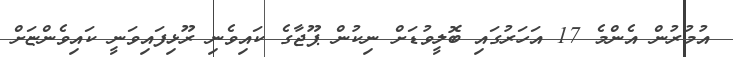
އުމުރުން އެންމެ 17 އަހަރުގައި ބޮލީވުޑަށް ނިކުން ޕޫޖާގެ ކައިވެނި ރޫޅިފައިވަނީ ކައިވެންޏަށް